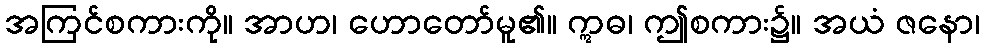
အကြင်စကားကို။ အာဟ၊ ဟောတော်မူ၏။ ဣဓ၊ ဤစကား၌။ အယံ ဇနော၊